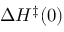
\Delta H ^ { \ddag } ( 0 )